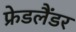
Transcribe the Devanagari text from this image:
फ्रेडलैंडर